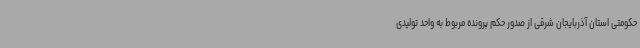
حکومتی استان آذربایجان شرقی از صدور حکم پرونده مربوط به واحد تولیدی